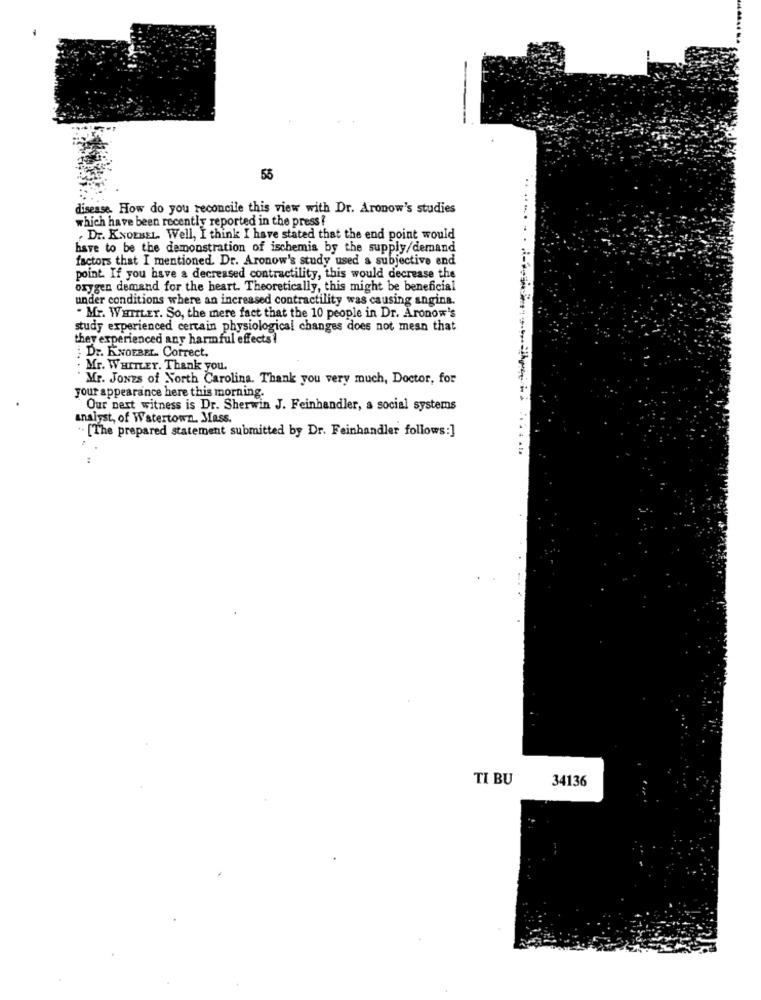
55
disease. How do you reconcile this view with Dr. Aronow's studies
which have been recently reported in the press?
, Dr. K.NOEBEL. Well, I think I have stated that the end point would
have to be the demonstration of ischemia by the supply/demand
factors that I mentioned. Dr. Aronow's study used a subjective end
point. If you have a decreased contractility, this would decrease the
oxygen demand for the heart. Theoretically, this might be beneficial
under conditions where an increased contractility was causing angina.
. Mr. WHITLEY. So, the mere fact that the 10 people in Dr. Aronow's
study experienced certain physiological changes does not mean that
they experienced any harmful effects !
Dr. KNOEBEL Correct.
Mr. WHITLEY. Thank you.
Mr. JONES of North Carolina. Thank you very much, Doctor, for
your appearance here this morning.
Our next witness is Dr. Sherwin J. Feinhandler, a social systems
analyst, of Watertown. Mass.
. [The prepared statement submitted by Dr. Feinhandler follows:]
.. 4
TI BU
34136